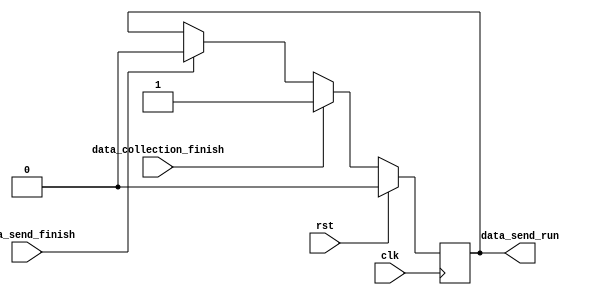
`timescale 1ns / 1ps
//////////////////////////////////////////////////////////////////////////////////
// Company: 
// Engineer: 
// 
// Design Name: 
// Module Name:    Data_Process 
// Project Name: 
// Target Devices: 
// Tool versions: 
// Description: 
//
// Dependencies: 
//
// Revision: 
// Revision 0.01 - File Created
// Additional Comments: 
//
//////////////////////////////////////////////////////////////////////////////////
module Data_Process(
	input clk,
	input rst,
	input data_collection_finish,
	input data_send_finish,
	output reg data_send_run
   );
	// This is ethan's code for immediately sending all the data back
	always@(posedge clk)
		begin
		if(rst)
			data_send_run <= 1'b0;
		else if(data_collection_finish)					// After 10000 data is received, send 10000 data back to PC
			data_send_run <= 1'b1;
		else if(data_send_finish)							// After sending is finish, clear the data_send signal
			data_send_run <= 1'b0;
		end
/*

//my code starts here

// data_collection_finish is 1 when matlab is done sending all the image data to fpga memory
// data_send_finish is 1 when FPGA is done sending all the processed data to UART
// data_send_run is the output of this file, when we are done processing the data, we will set the data send run to be 1 so that
// we can send the processed data back to UART

// the major issue is that we have to be sure at what time in seconds we need to start sending data 


parameter data_collecting = 1, data_processing = 2, data_sending = 3;  
wire state = 0;
always@(*)
begin
	case(state)
		0: next_state = data_collecting;
		1: begin 
			if(data_collection_finish)
				next_state = data_processing;
			end
		2: begin
			if(data_process_finish)
			next_state = data_sending;
			end
		default: next_state = 0;
		
		endcase	
		
end

always@(posedge clk)
	state = next_state;
	
//module scan(read_select, read_data, data_out, clk, start, scan_start);
scan S1 (read_select, read_data, data_out, clk, start, scan_start);*/
endmodule